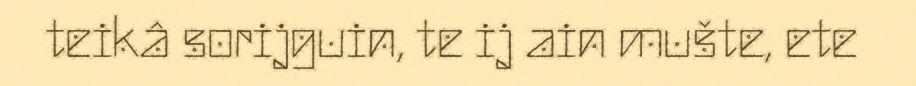
teikâ sorijguin, te ij ain mušte, ete